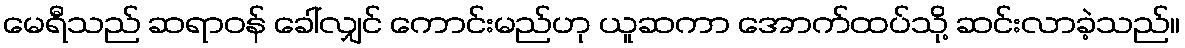
မေရီသည် ဆရာဝန် ခေါ်လျှင် ကောင်းမည်ဟု ယူဆကာ အောက်ထပ်သို့ ဆင်းလာခဲ့သည်။